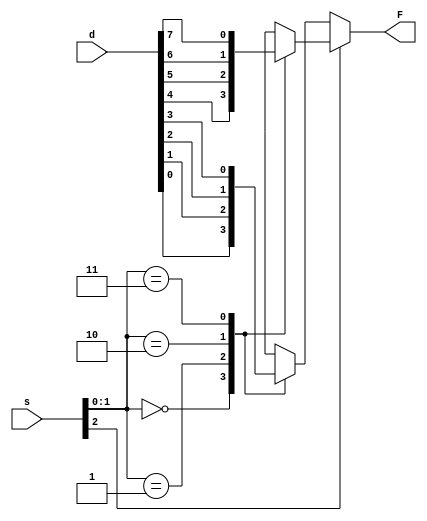
module mux8to1(output reg F, input [2:0] s, input [7:0] d);
    
    task mux2x1(output y2x1, input s, b, a);
        y2x1 = (s) ? b : a;
    endtask

    //  emmm
    // task automatic mux4x1(output y4x1, input [1:0] sel, input [3:0] din);
    task mux4x1(output y4x1, input [1:0] sel, input [3:0] din);
        case(sel)
            2'b00:  y4x1 = din[0];
            2'b01:  y4x1 = din[1];
            2'b10:  y4x1 = din[2];
            2'b11:  y4x1 = din[3];
            default:y4x1 = 1'bx;
        endcase
    endtask

    reg w1,w2;

    always @(*)
    begin 
        mux4x1( w1, s[1:0], d[3:0]);
        mux4x1( w2, s[1:0], d[7:4]);
        mux2x1( F,  s[2], w2, w1);
    end
endmodule